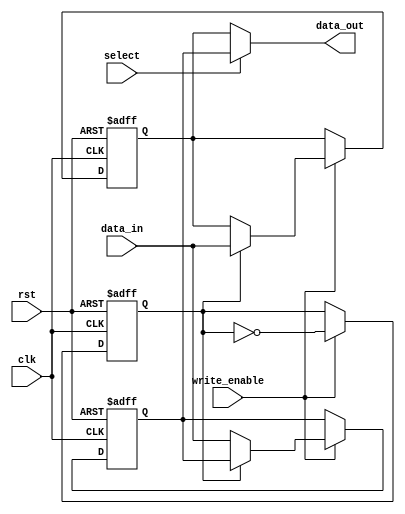
module double_buffer_register (
    input wire clk,                // Clock input
    input wire rst,                // Asynchronous reset
    input wire write_enable,       // Write enable signal
    input wire [31:0] data_in,     // Input data bus (32-bit wide)
    input wire select,             // Control signal to choose buffer for reading
    output reg [31:0] data_out     // Output data bus (32-bit wide)
);

    // Declare the two buffers
    reg [31:0] buffer0;            // First buffer register
    reg [31:0] buffer1;            // Second buffer register
    reg current_buffer;            // Control signal to keep track of the current buffer

    // Asynchronous reset and buffer management
    always @(posedge clk or posedge rst) begin
        if (rst) begin
            // Reset both buffers to zero
            buffer0 <= 32'b0;
            buffer1 <= 32'b0;
            current_buffer <= 1'b0; // Start with buffer0
        end else begin
            // Write data to the inactive buffer if write_enable is high
            if (write_enable) begin
                if (current_buffer) begin
                    buffer0 <= data_in; // Write to buffer0 if current_buffer is 1
                end else begin
                    buffer1 <= data_in; // Write to buffer1 if current_buffer is 0
                end
                // Toggle the current buffer after write
                current_buffer <= ~current_buffer;
            end
        end
    end

    // Output data based on the selected buffer
    always @(*) begin
        if (select) begin
            data_out = buffer1; // Read from buffer1 if select is high
        end else begin
            data_out = buffer0; // Read from buffer0 if select is low
        end
    end

endmodule